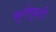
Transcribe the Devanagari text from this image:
मुरोफुशी